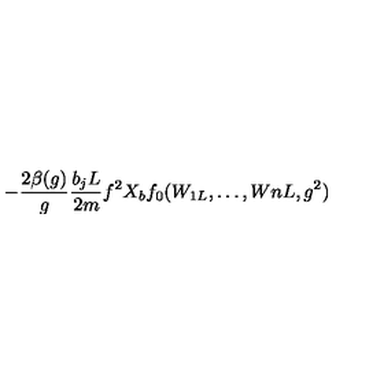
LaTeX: - \frac { 2 \beta ( g ) } { g } \frac { b _ { j } L } { 2 m } f ^ { 2 } X _ { b } f _ { 0 } ( W _ { 1 L } , \ldots , W { n L } , g ^ { 2 } )